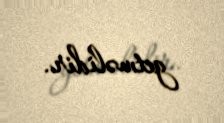
getməlidir.